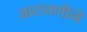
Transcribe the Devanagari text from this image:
आठवणीने